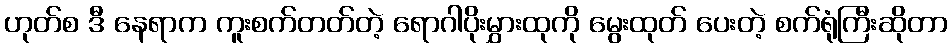
ဟုတ်စ ဒီ နေရာက ကူးစက်တတ်တဲ့ ရောဂါပိုးမွှားထုကို မွေးထုတ် ပေးတဲ့ စက်ရုံကြီးဆိုတာ